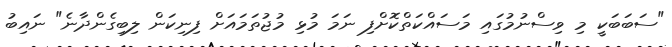
"ސަބަބަކީ މި ވިސްނުމުގައި މަސައްކަތްކޮށްފި ނަމަ މުޅި މުޖުތަމައަށް ފިނިކަން ލިބިގެންދާނެ" ނައިބު